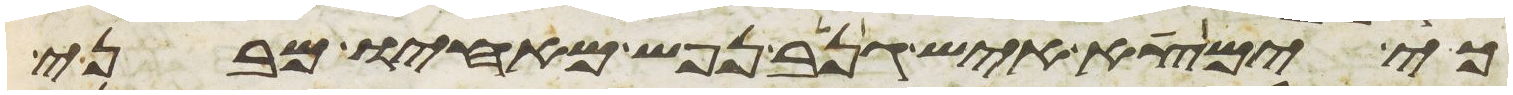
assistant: כי ימצא איש גנב נפש מאחיו מבני